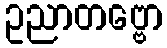
ဥညာတဗ္ဗော